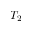
T _ { 2 }